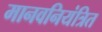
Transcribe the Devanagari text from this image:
मानवनियंत्रित